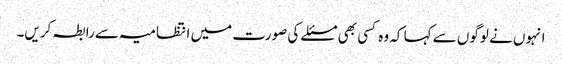
انہوں نے لوگوں سے کہا کہ وہ کسی بھی مسئلے کی صورت میں انتظامیہ سے رابطہ کریں۔